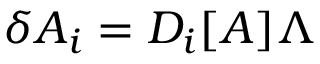
\delta A _ { i } = D _ { i } [ A ] \Lambda